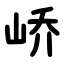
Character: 峤